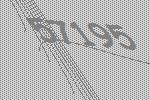
57195